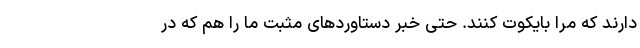
دارند که مرا بایکوت کنند. حتی خبر دستاوردهای مثبت ما را هم که در